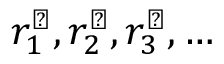
r _ { 1 } ^ { \perp } , r _ { 2 } ^ { \perp } , r _ { 3 } ^ { \perp } , \ldots